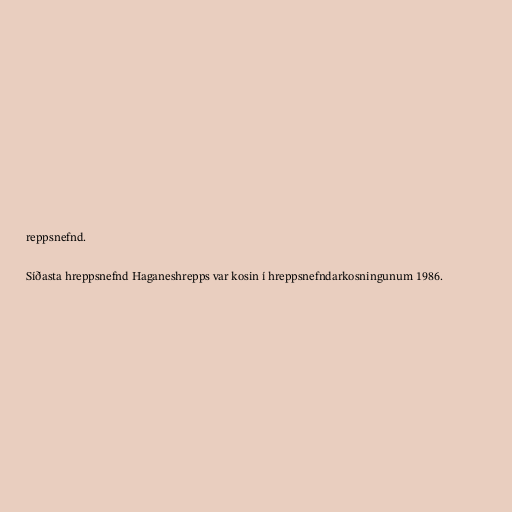
reppsnefnd.

Síðasta hreppsnefnd Haganeshrepps var kosin í hreppsnefndarkosningunum 1986.